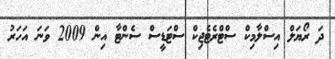
ދަ ރޯޔަލް އިސްލާމިކް ސްޓްރެޓެޖިކް ސްޓަޑީސް ސެންޓާ އިން 2009 ވަނަ އަހަރު